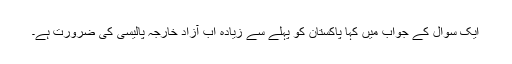
ایک سوال کے جواب میں کہا پاکستان کو پہلے سے زیادہ اب آزاد خارجہ پالیسی کی ضرورت ہے۔